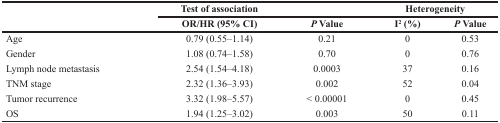
<table><thead><tr><td></td><td><b>Test of association</b></td><td></td><td colspan="2"><b>Heterogeneity</b></td></tr><tr><td></td><td><b>OR/HR (95% CI)</b></td><td><b><i>P</i> Value</b></td><td><b>I<sup>2</sup>(%)</b></td><td><b><i>P</i> Value</b></td></tr></thead><tbody><tr><td>Age</td><td>0.79 (0.55–1.14)</td><td>0.21</td><td>0</td><td>0.53</td></tr><tr><td>Gender</td><td>1.08 (0.74–1.58)</td><td>0.70</td><td>0</td><td>0.76</td></tr><tr><td>Lymph node metastasis</td><td>2.54 (1.54–4.18)</td><td>0.0003</td><td>37</td><td>0.16</td></tr><tr><td>TNM stage</td><td>2.32 (1.36–3.93)</td><td>0.002</td><td>52</td><td>0.04</td></tr><tr><td>Tumor recurrence</td><td>3.32 (1.98–5.57)</td><td>&lt; 0.00001</td><td>0</td><td>0.45</td></tr><tr><td>OS</td><td>1.94 (1.25–3.02)</td><td>0.003</td><td>50</td><td>0.11</td></tr></tbody></table>